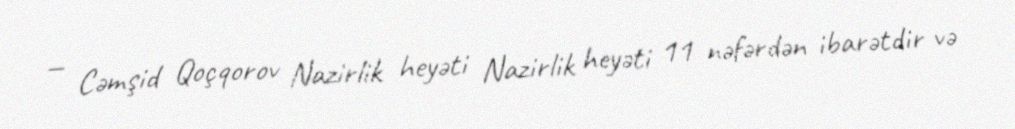
— Cəmşid Qoçqorov Nazirlik heyəti Nazirlik heyəti 11 nəfərdən ibarətdir və